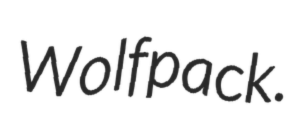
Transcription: Wolfpack.